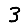
Digit: 3